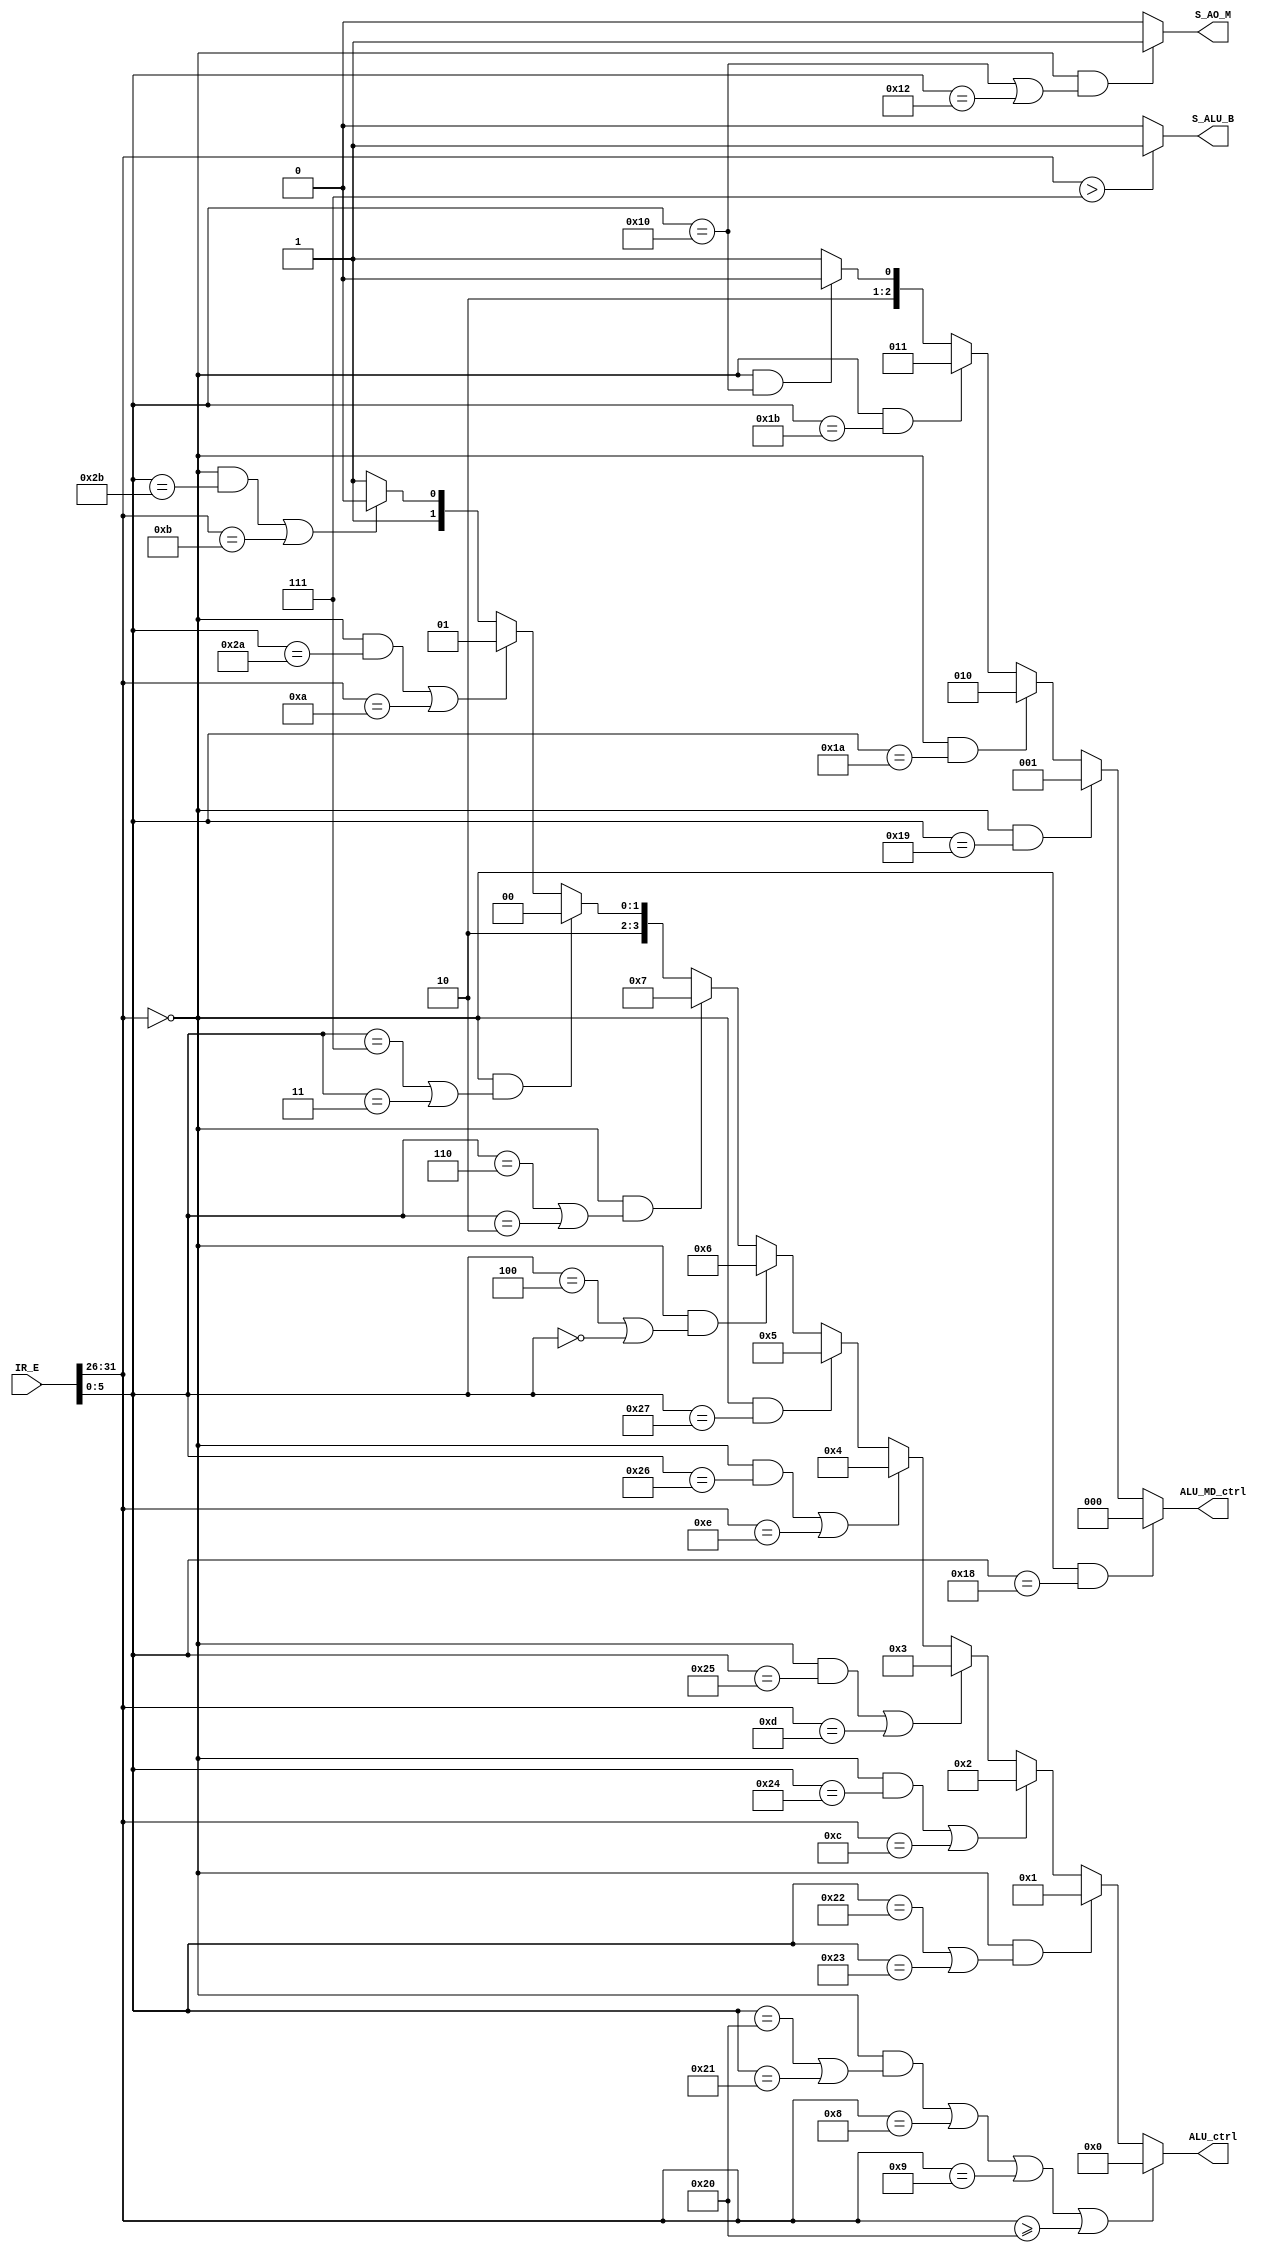
module EX_ctrl(IR_E,S_ALU_B,S_AO_M,ALU_ctrl,ALU_MD_ctrl);
  `define OP 31:26
  `define funct 5:0
   input [31:0]IR_E;//input ID_EX instructions
   output S_ALU_B,//0:other instructions(MFERT)
                  //1:cal_i,load,store,LUI(EXT_E)
          S_AO_M;//0:other instructions(ALU)
                 //1:mfhi,mflo(ALU_MD)
                 
   	   
   output [3:0]ALU_ctrl;//4'b0000(+):ADD/ADDU/ADDI/ADDIU/load/store
                    //4'b0001(-):SUB/SUBU
                    //4'b0010(&):AND/ANDI
                    //4'b0011(|):OR/ORI
                    //4'b0100(^):XOR/XORI
                    //4'b0101(~|):NOR
                    //4'b0110(RT<<RS):SLLV/SLL
                    //4'b0111(RT>>RS):SRLV/SRL
                    //4'b1000($signed(RT)>>>RS):SRAV/SRA
                    //4'b1001(RD=($signed(RS)<$signed(RT))? 1:0):SLT/SLTI
                    //4'b1010(RD=(RS<RT)? 1:0):SLTU/SLTIU
                    //4'b1011(RT<<16):LUI
   output [2:0]ALU_MD_ctrl;//3'b000 signed * mult
                         //3'b001 unsigned * multu
                         //3'b010 signed / div
                         //3'b011 unsigned / divu
                         //3'b100 mfhi
                         //3'b101 mflo
    
 	
   	    
    assign S_ALU_B=(IR_E[`OP]>7)?1:0;
    assign S_AO_M=(IR_E[`OP]==0&&(IR_E[`funct]=='h10||IR_E[`funct]=='h12))?1:0;
    assign ALU_ctrl=((IR_E[`OP]==0&&(IR_E[`funct]=='h20||IR_E[`funct]=='h21))||IR_E[`OP]==8||IR_E[`OP]==9||(IR_E[`OP]>='h20))?4'b0000:
                    (IR_E[`OP]==0&&(IR_E[`funct]=='h22||IR_E[`funct]=='h23))? 4'b0001:
                    ((IR_E[`OP]==0&&IR_E[`funct]=='h24)||(IR_E[`OP]=='hc))?4'b0010:
                    ((IR_E[`OP]==0&&IR_E[`funct]=='h25)||(IR_E[`OP]=='hd))?4'b0011:
                    ((IR_E[`OP]==0&&IR_E[`funct]=='h26)||(IR_E[`OP]=='he))?4'b0100:
                    (IR_E[`OP]==0&&IR_E[`funct]=='h27)? 4'b0101:
                    (IR_E[`OP]==0&&(IR_E[`funct]==4||IR_E[`funct]==0))?4'b0110:
                    (IR_E[`OP]==0&&(IR_E[`funct]==6||IR_E[`funct]==2))?4'b0111:
                    (IR_E[`OP]==0&&(IR_E[`funct]==7||IR_E[`funct]==3))?4'b1000:
                    ((IR_E[`OP]==0&&IR_E[`funct]=='h2a)||(IR_E[`OP]=='ha))?4'b1001:
                    ((IR_E[`OP]==0&&IR_E[`funct]=='h2b)||(IR_E[`OP]=='hb))?4'b1010:4'b1011;
    assign ALU_MD_ctrl=(IR_E[`OP]==0&&IR_E[`funct]=='h18)?3'b000:
                       (IR_E[`OP]==0&&IR_E[`funct]=='h19)?3'b001:
                       (IR_E[`OP]==0&&IR_E[`funct]=='h1a)?3'b010:
                       (IR_E[`OP]==0&&IR_E[`funct]=='h1b)?3'b011:
                       (IR_E[`OP]==0&&IR_E[`funct]=='h10)?3'b100:3'b101;
    
endmodule